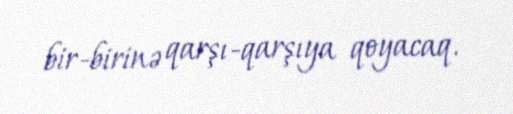
bir-birinə qarşı-qarşıya qoyacaq.